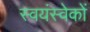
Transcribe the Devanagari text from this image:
स्वयंस्वेकों